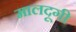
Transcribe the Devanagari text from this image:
मालदूगी